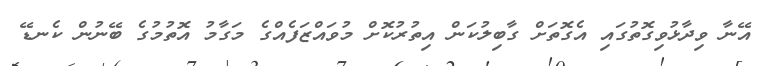
އޭނާ ވިދާޅުވިގޮތުގައި އެގޮތަށް ގާބިލުކަން އިތުރުކޮށް މުވައްޒަފެއްގެ މަގާމު އޮތުމުގެ ބޭނުން ކެނޑޭ